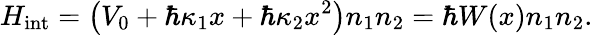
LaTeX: H_{\mathrm{int}}=\left(V_{0}+\hbar\kappa_{1}x+\hbar\kappa_{2}x^{2}\right)n_{1}n_{2}=\hbar W(x)n_{1}n_{2}.